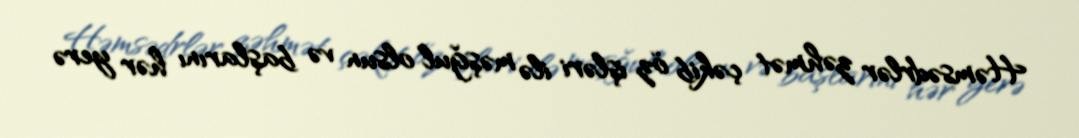
Həmsədrlər zəhmət çəkib öz işləri ilə məşğul olsun və başlarını hər yerə